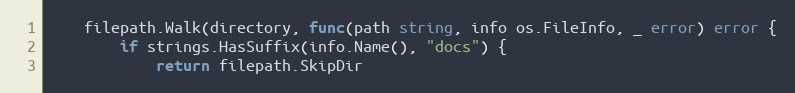
Language: Go
	filepath.Walk(directory, func(path string, info os.FileInfo, _ error) error {
		if strings.HasSuffix(info.Name(), "docs") {
			return filepath.SkipDir